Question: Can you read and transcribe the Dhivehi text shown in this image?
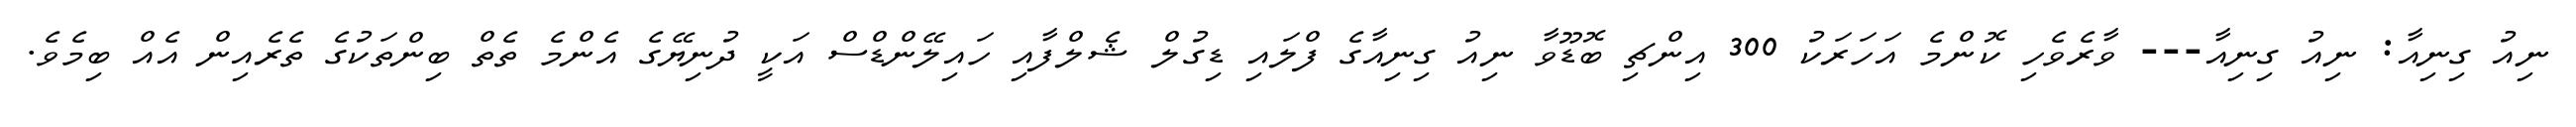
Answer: ނިއު ގިނިއާ: ނިއު ގިނިއާ--- ވާރެވެހި ކޮންމެ އަހަރަކު 300 އިންޗި ބޮޑޫވާ ނިއު ގިނިއާގެ ފްލައި ޑިގުލް ޝެލްފާއި ހައިލޭންޑްސް އަކީ ދުނިޔޭގެ އެންމެ ތެތް ބިންތަކުގެ ތެރެއިން އެއް ބިމެވެ.